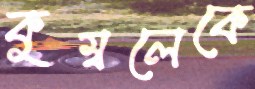
কুম্বলেকে